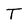
Character: T